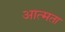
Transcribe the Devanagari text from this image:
आत्मता